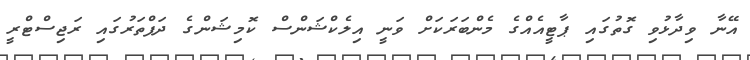
އޭނާ ވިދާޅުވި ގޮތުގައި ޕާޓީއެއްގެ މެންބަރަކަށް ވަނީ އިލެކްޝަންސް ކޮމިޝަންގެ ދަފްތަރުގައި ރަޖިސްޓްރީ